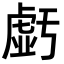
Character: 𧇊